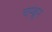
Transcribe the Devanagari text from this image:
चम्ब्रून